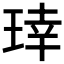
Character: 𬍬